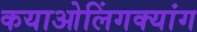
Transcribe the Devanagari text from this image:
कयाओलिंगक्यांग